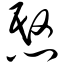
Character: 愍